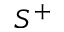
S ^ { + }